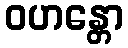
ဝဟန္တော